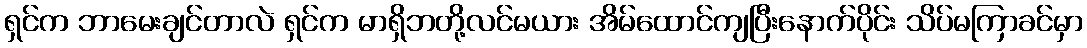
ရှင်က ဘာမေးချင်တာလဲ ရှင်က မာရှိဘတို့လင်မယား အိမ်ထောင်ကျပြီးနောက်ပိုင်း သိပ်မကြာခင်မှာ